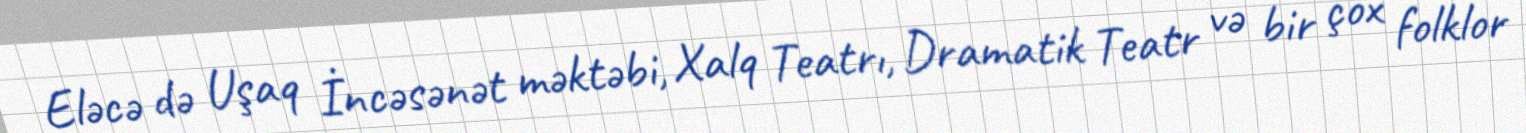
Eləcə də Uşaq İncəsənət məktəbi, Xalq Teatrı, Dramatik Teatr və bir çox folklor